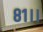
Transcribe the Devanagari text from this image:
८१।।